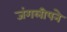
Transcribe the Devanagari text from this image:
जंगलीपने